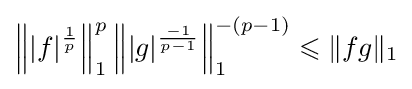
\left\||f|^{\frac {1}{p}}\right\|_{1}^{p}\left\||g|^{\frac {-1}{p-1}}\right\|_{1}^{-(p-1)}\leqslant \|fg\|_{1}